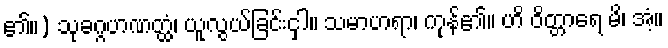
၏။) သုခဂ္ဂဟဏတ္ထံ၊ ယူလွယ်ခြင်းငှါ။ သမာဟရာ၊ ကုန်၏။ ဟိ ဝိတ္တာရေ မိ၊ အံ့။